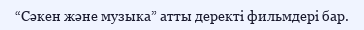
“Сәкен және музыка” атты деректі фильмдері бар.